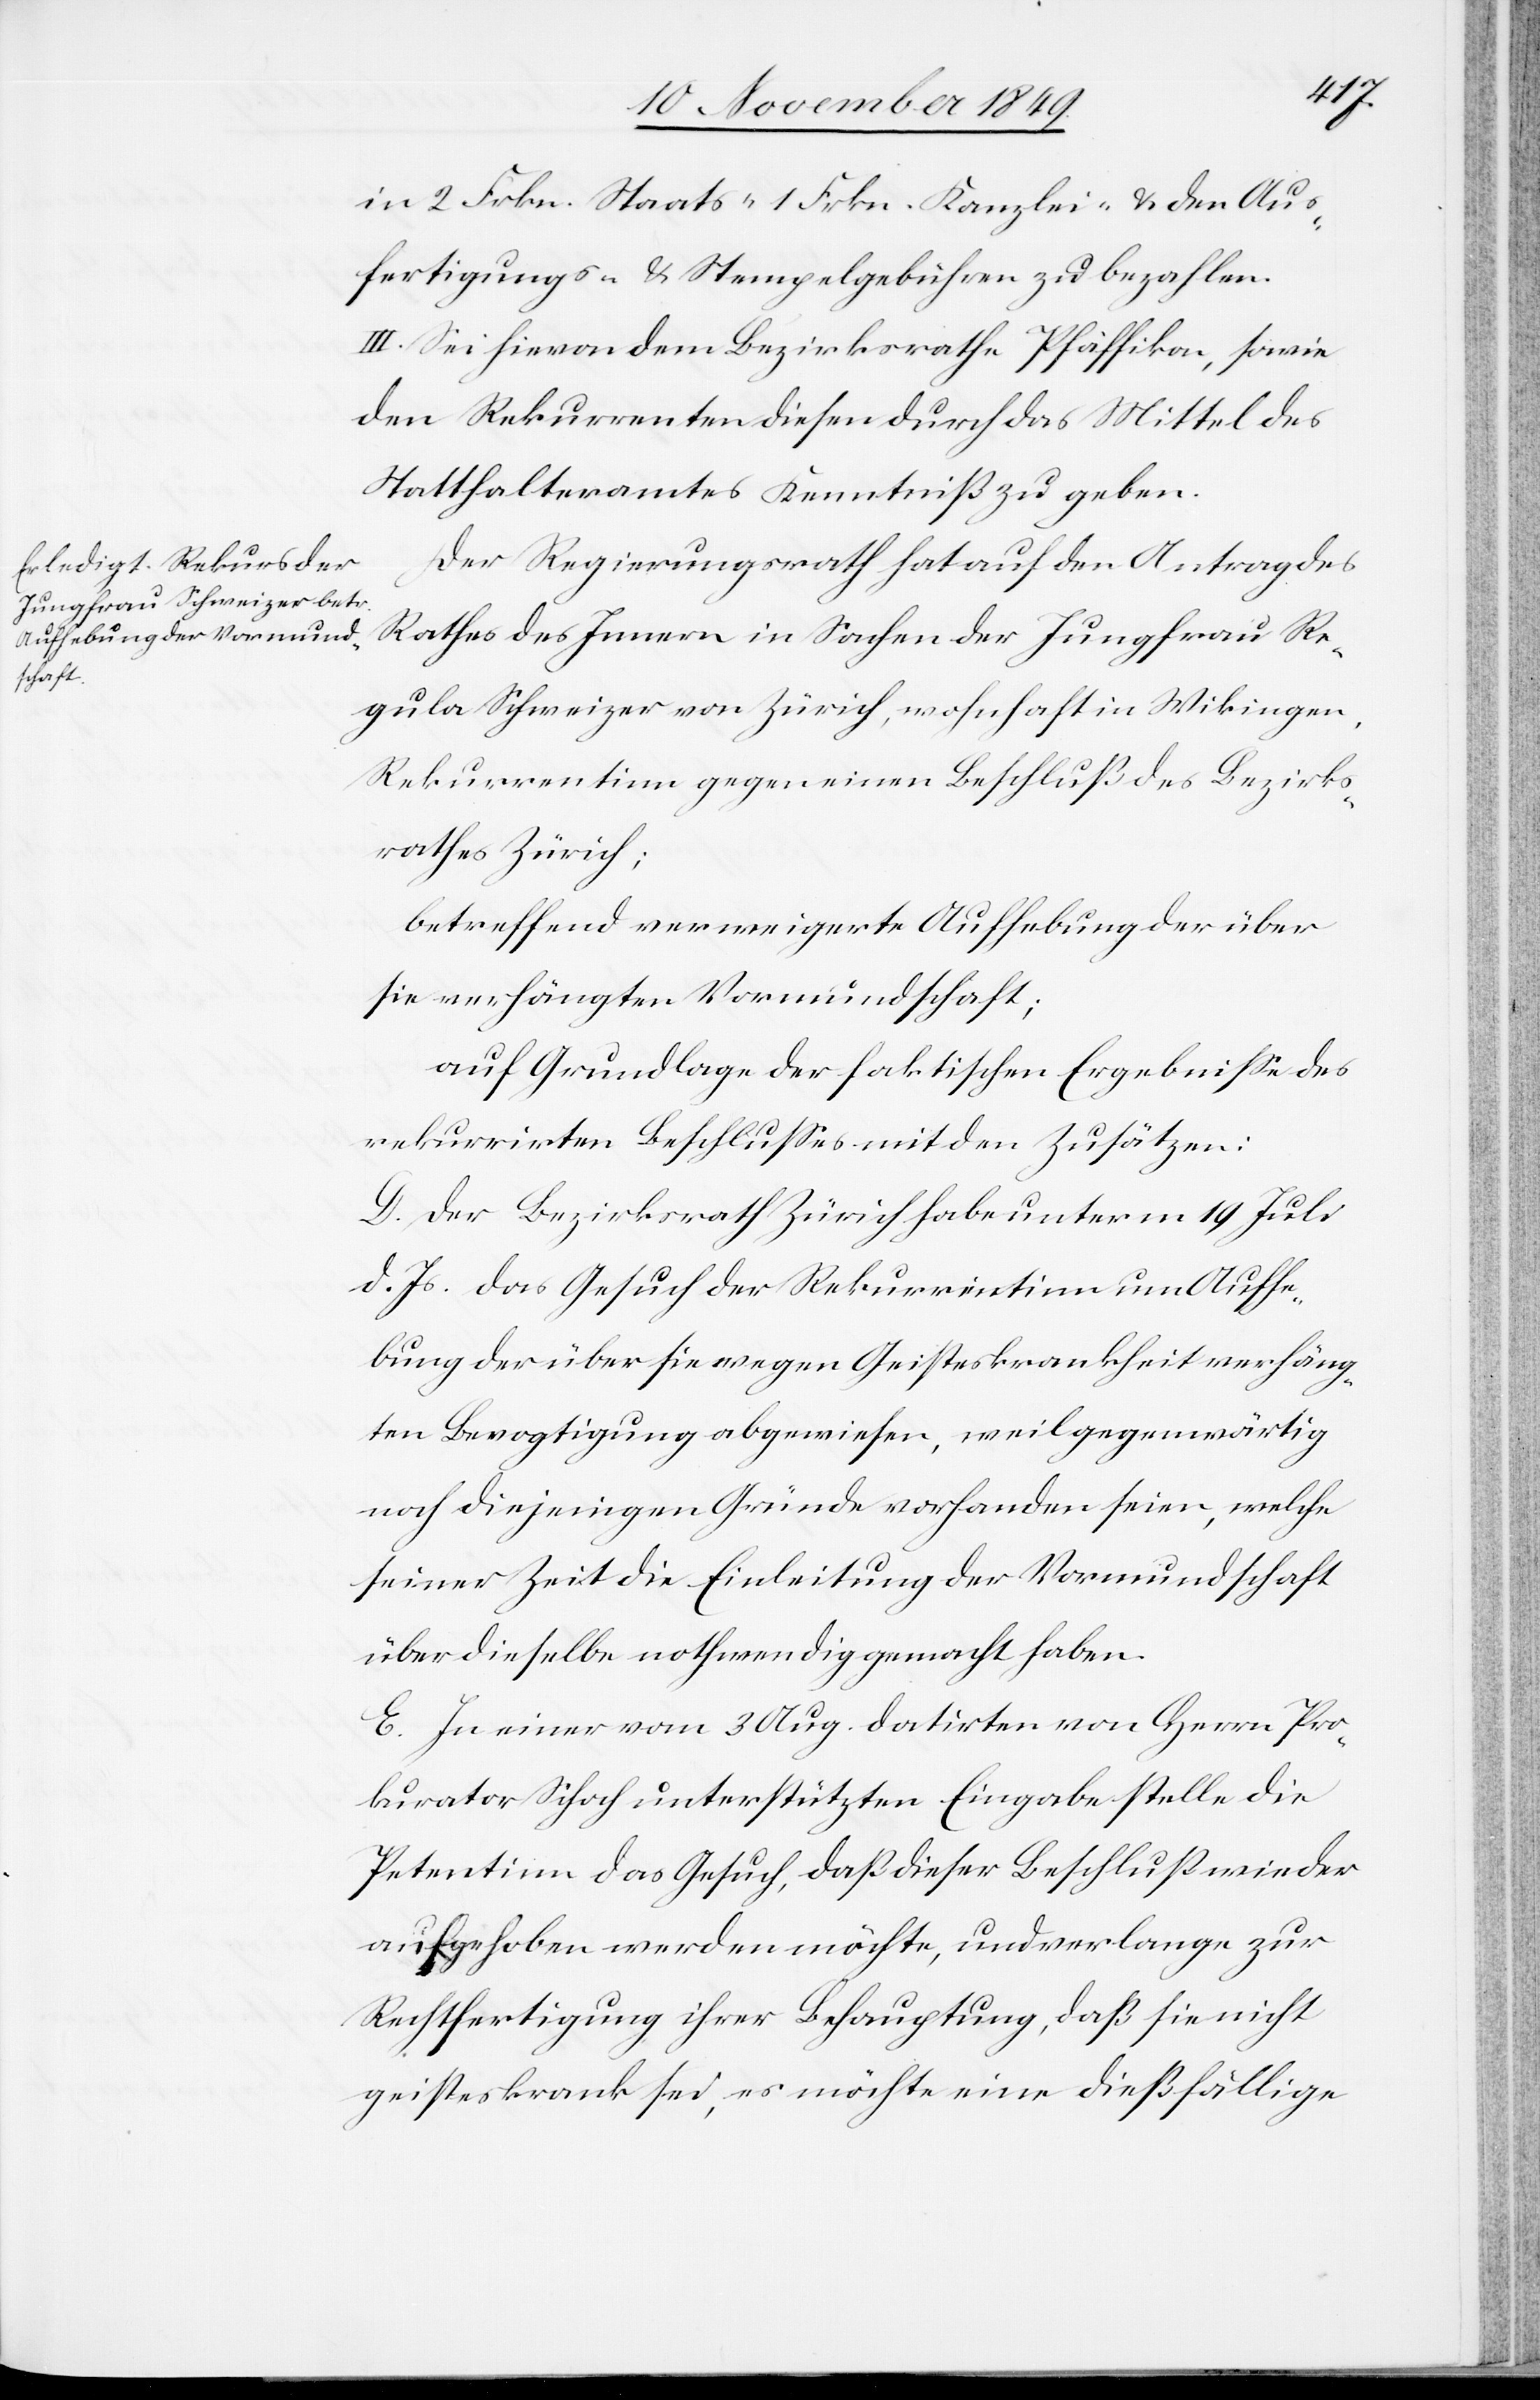
in 2 Frkn. Staats- 1 Frkn. Kanzlei- u. den Aus¬
fertigungs- u. Stempelgebühren zu bezahlen.
III. Sei hievon dem Bezirksrathe Pfäffikon, sowie
den Rekurrenten diesen durch das Mittel des
Statthalteramtes Kenntniß zu geben.
Der Regierungsrath hat auf den Antrag des
Rathes des Innern in Sachen der Jungfrau Re¬
gula Schweizer von Zürich, wohnhaft in Wi[p]kingen,
Rekurrentinn gegen einen Beschluß des Bezirks¬
rathes Zürich;
betreffend verweigerte Aufhebung der über
sie verhängten Vormundschaft;
auf Grundlage der faktischen Ergebniße des
rekurrirten Beschlußes mit den Zusätzen:
D. Der Bezirksrath Zürich habe unterm 19 Juli
d. Js., das Gesuch der Rekurrentinn um Aufhe¬
bung der über sie wegen Geisteskrankheit verhäng¬
ten Bevogtigung abgewiesen, weil gegenwärtig
noch diejenigen Gründe vorhanden seien, welche
seiner Zeit die Einleitung der Vormundschaft
über dieselbe nothwendig gemacht haben.
E. In einer vom 3 Aug. datirten von Herrn Pro¬
kurator Schoch unterstützten Eingabe stelle die
Petentinn das Gesuch, daß dieser Beschluß wieder
aufgehoben werden möchte, und verlange zur
Rechtfertigung ihrer Behauptung, daß sie nicht
geisteskrank sei, es möchte eine dießfällige